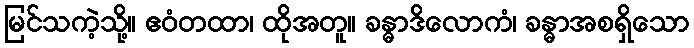
မြင်သကဲ့သို့။ ဧဝံတထာ၊ ထိုအတူ။ ခန္ဓာဒိလောကံ၊ ခန္ဓာအစရှိသော